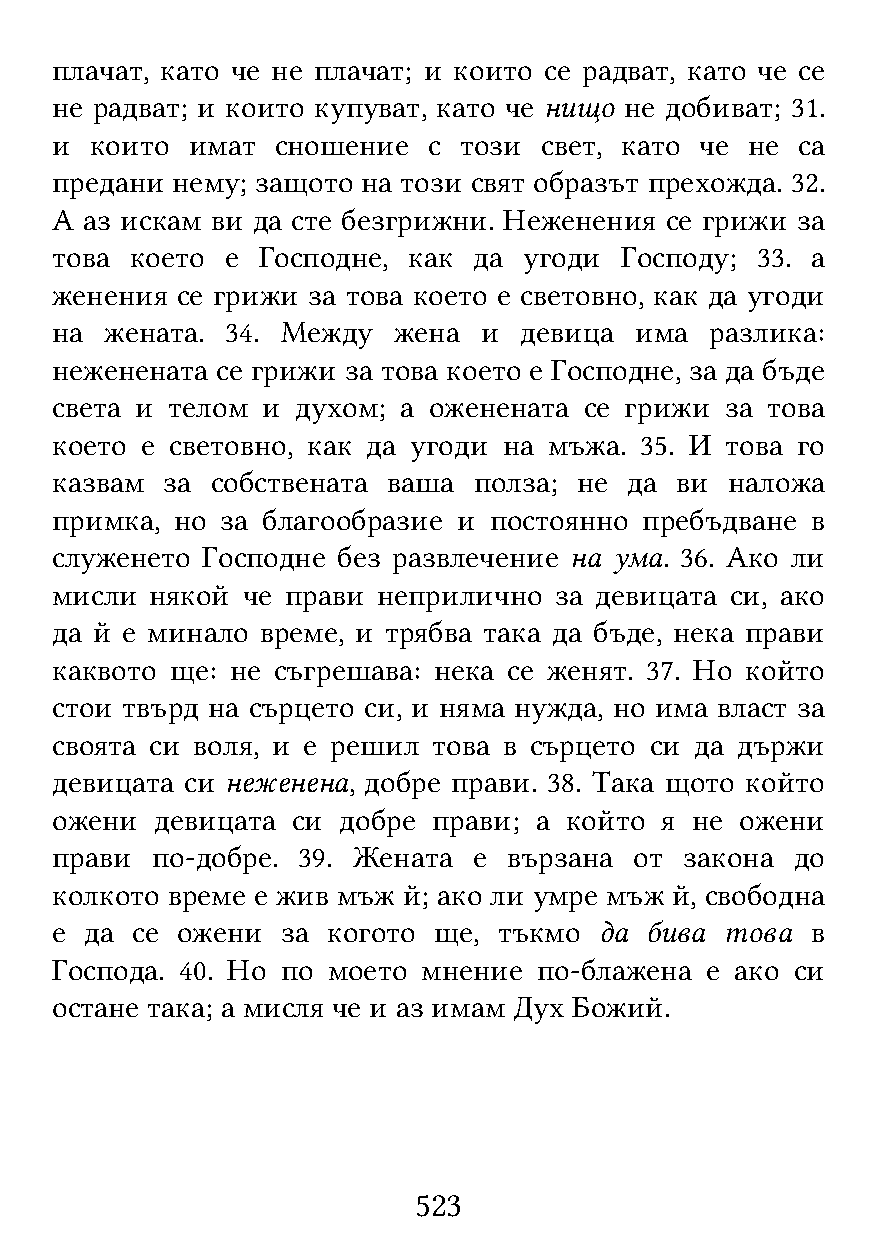
плачат, като че не плачат; и които се радват, като че се
 не радват; и които купуват, като че нищо не добиват; 31.
 и  които имат  сношение  с този  свет, като че не са
 предани нему; защото на този свят образът прехожда. 32.
 А аз искам ви да сте безгрижни. Неженения се грижи за
 това  което е Господне, как да  угоди Господу; 33. а
 женения  се грижи за това което е световно, как да угоди
 на  жената. 34. Между  жена  и девица  има  разлика:
 неженената се грижи за това което е Господне, за да бъде
 света и телом и  духом; а оженената се грижи за това
 което е световно, как да угоди на мъжа. 35. И това го
 казвам  за собствената ваша полза; не  да ви наложа
 примка, но  за благообразие и постоянно пребъдване в
 служенето Господне без развлечение на ума. 36. Ако ли
 мисли  някой че прави неприлично  за девицата си, ако
 да й е минало време, и трябва така да бъде, нека прави
 каквото ще: не съгрешава: нека се женят. 37. Но който
 стои твърд на сърцето си, и няма нужда, но има власт за
 своята си воля, и е решил това в сърцето си да държи
 девицата си неженена, добре прави. 38. Така щото който
 ожени  девицата си добре  прави; а който я не ожени
 прави  по-добре. 39. Жената е  вързана от закона  до
 колкото време е жив мъж й; ако ли умре мъж й, свободна
 е  да се ожени  за когото ще, тъкмо  да бива това  в
 Господа. 40. Но по моето мнение  по-блажена е ако си
 остане така; а мисля че и аз имам Дух Божий.
 523